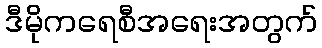
ဒီမိုကရေစီအရေးအတွက်